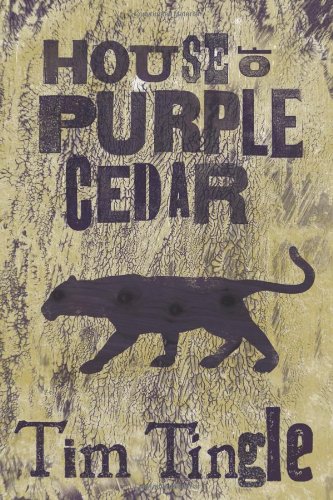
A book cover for House of Purple Cedar; Tim Tingle; Literature & Fiction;